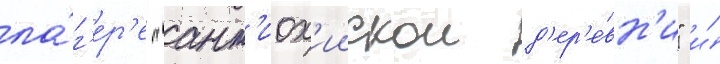
ла́г'ер'е "ант'иох'иискои д'ер'е́вн'и" и́